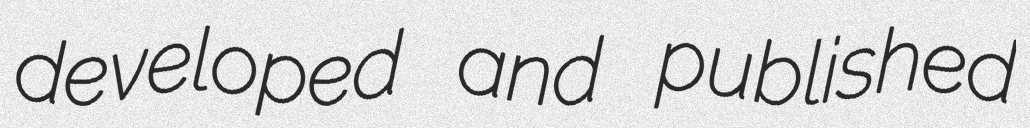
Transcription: developed and published